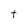
Character: t